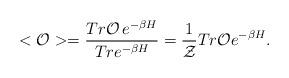
LaTeX: \begin{align*}<{\cal O}>=\frac{Tr {\cal O}\,e^{-\beta H}}{Tr e^{-\beta H}}=\frac{1}{{\cal Z}} Tr {\cal O} e^{-\beta H}.\end{align*}